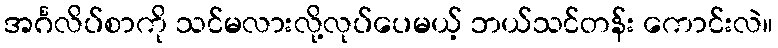
အင်္ဂလိပ်စာကို သင်မလားလို့လုပ်ပေမယ့် ဘယ်သင်တန်း ကောင်းလဲ။